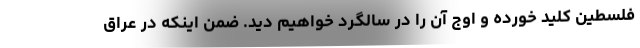
فلسطین کلید خورده و اوج آن را در سالگرد خواهیم دید. ضمن اینکه در عراق